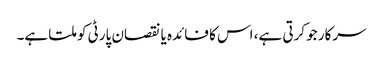
سرکار جو کرتی ہے، اس کا فائدہ یا نقصان پارٹی کو ملتا ہے۔